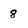
Character: 8